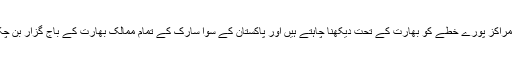
یہ تمام مراکز پورے خطے کو بھارت کے تحت دیکھنا چاہتے ہیں اور پاکستان کے سوا سارک کے تمام ممالک بھارت کے باج گزار بن چکے ہیں۔